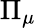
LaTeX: \Pi_{\mu}